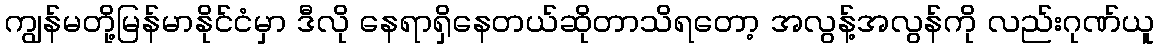
ကျွန်မတို့မြန်မာနိုင်ငံမှာ ဒီလို နေရာရှိနေတယ်ဆိုတာသိရတော့ အလွန့်အလွန်ကို လည်းဂုဏ်ယူ